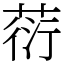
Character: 葕